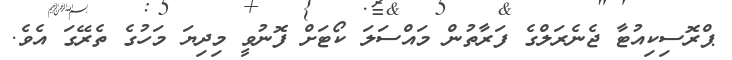
ޕްރޮސިކިއުޓާ ޖެނެރަލްގެ ފަރާތުން މައްސަލަ ކޯޓަށް ފޮނުވީ މިދިޔަ މަހުގެ ތެރޭގަ އެވެ.